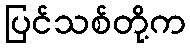
ပြင်သစ်တို့က